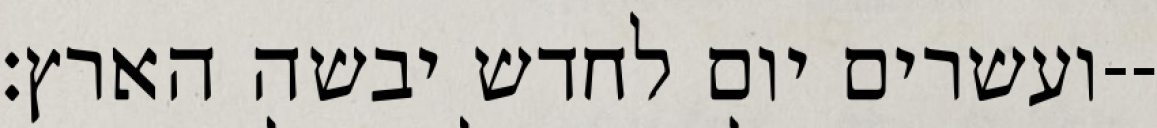
ועשרים יום לחדש יבשה הארץ׃--